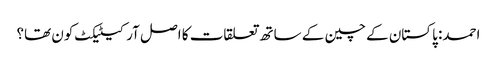
احمد: پاکستان کے چین کے ساتھ تعلقات کا اصل آرکیٹیکٹ کون تھا؟